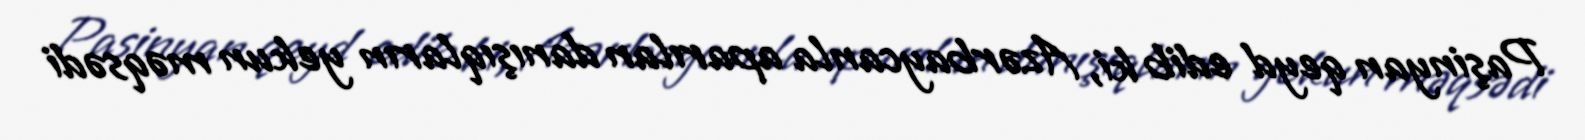
Paşinyan qeyd edib ki, Azərbaycanla aparılan danışıqların yekun məqsədi